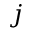
j